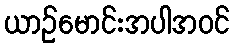
ယာဉ်မောင်းအပါအဝင်